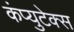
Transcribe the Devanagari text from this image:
कंप्युटेक्स